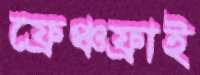
ফ্রেঞ্চফ্রাই